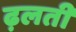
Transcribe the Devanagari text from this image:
ढ़लती